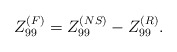
\begin{align*}Z^{(F)}_{99}=Z^{(NS)}_{99} - Z^{(R)}_{99}.\end{align*}